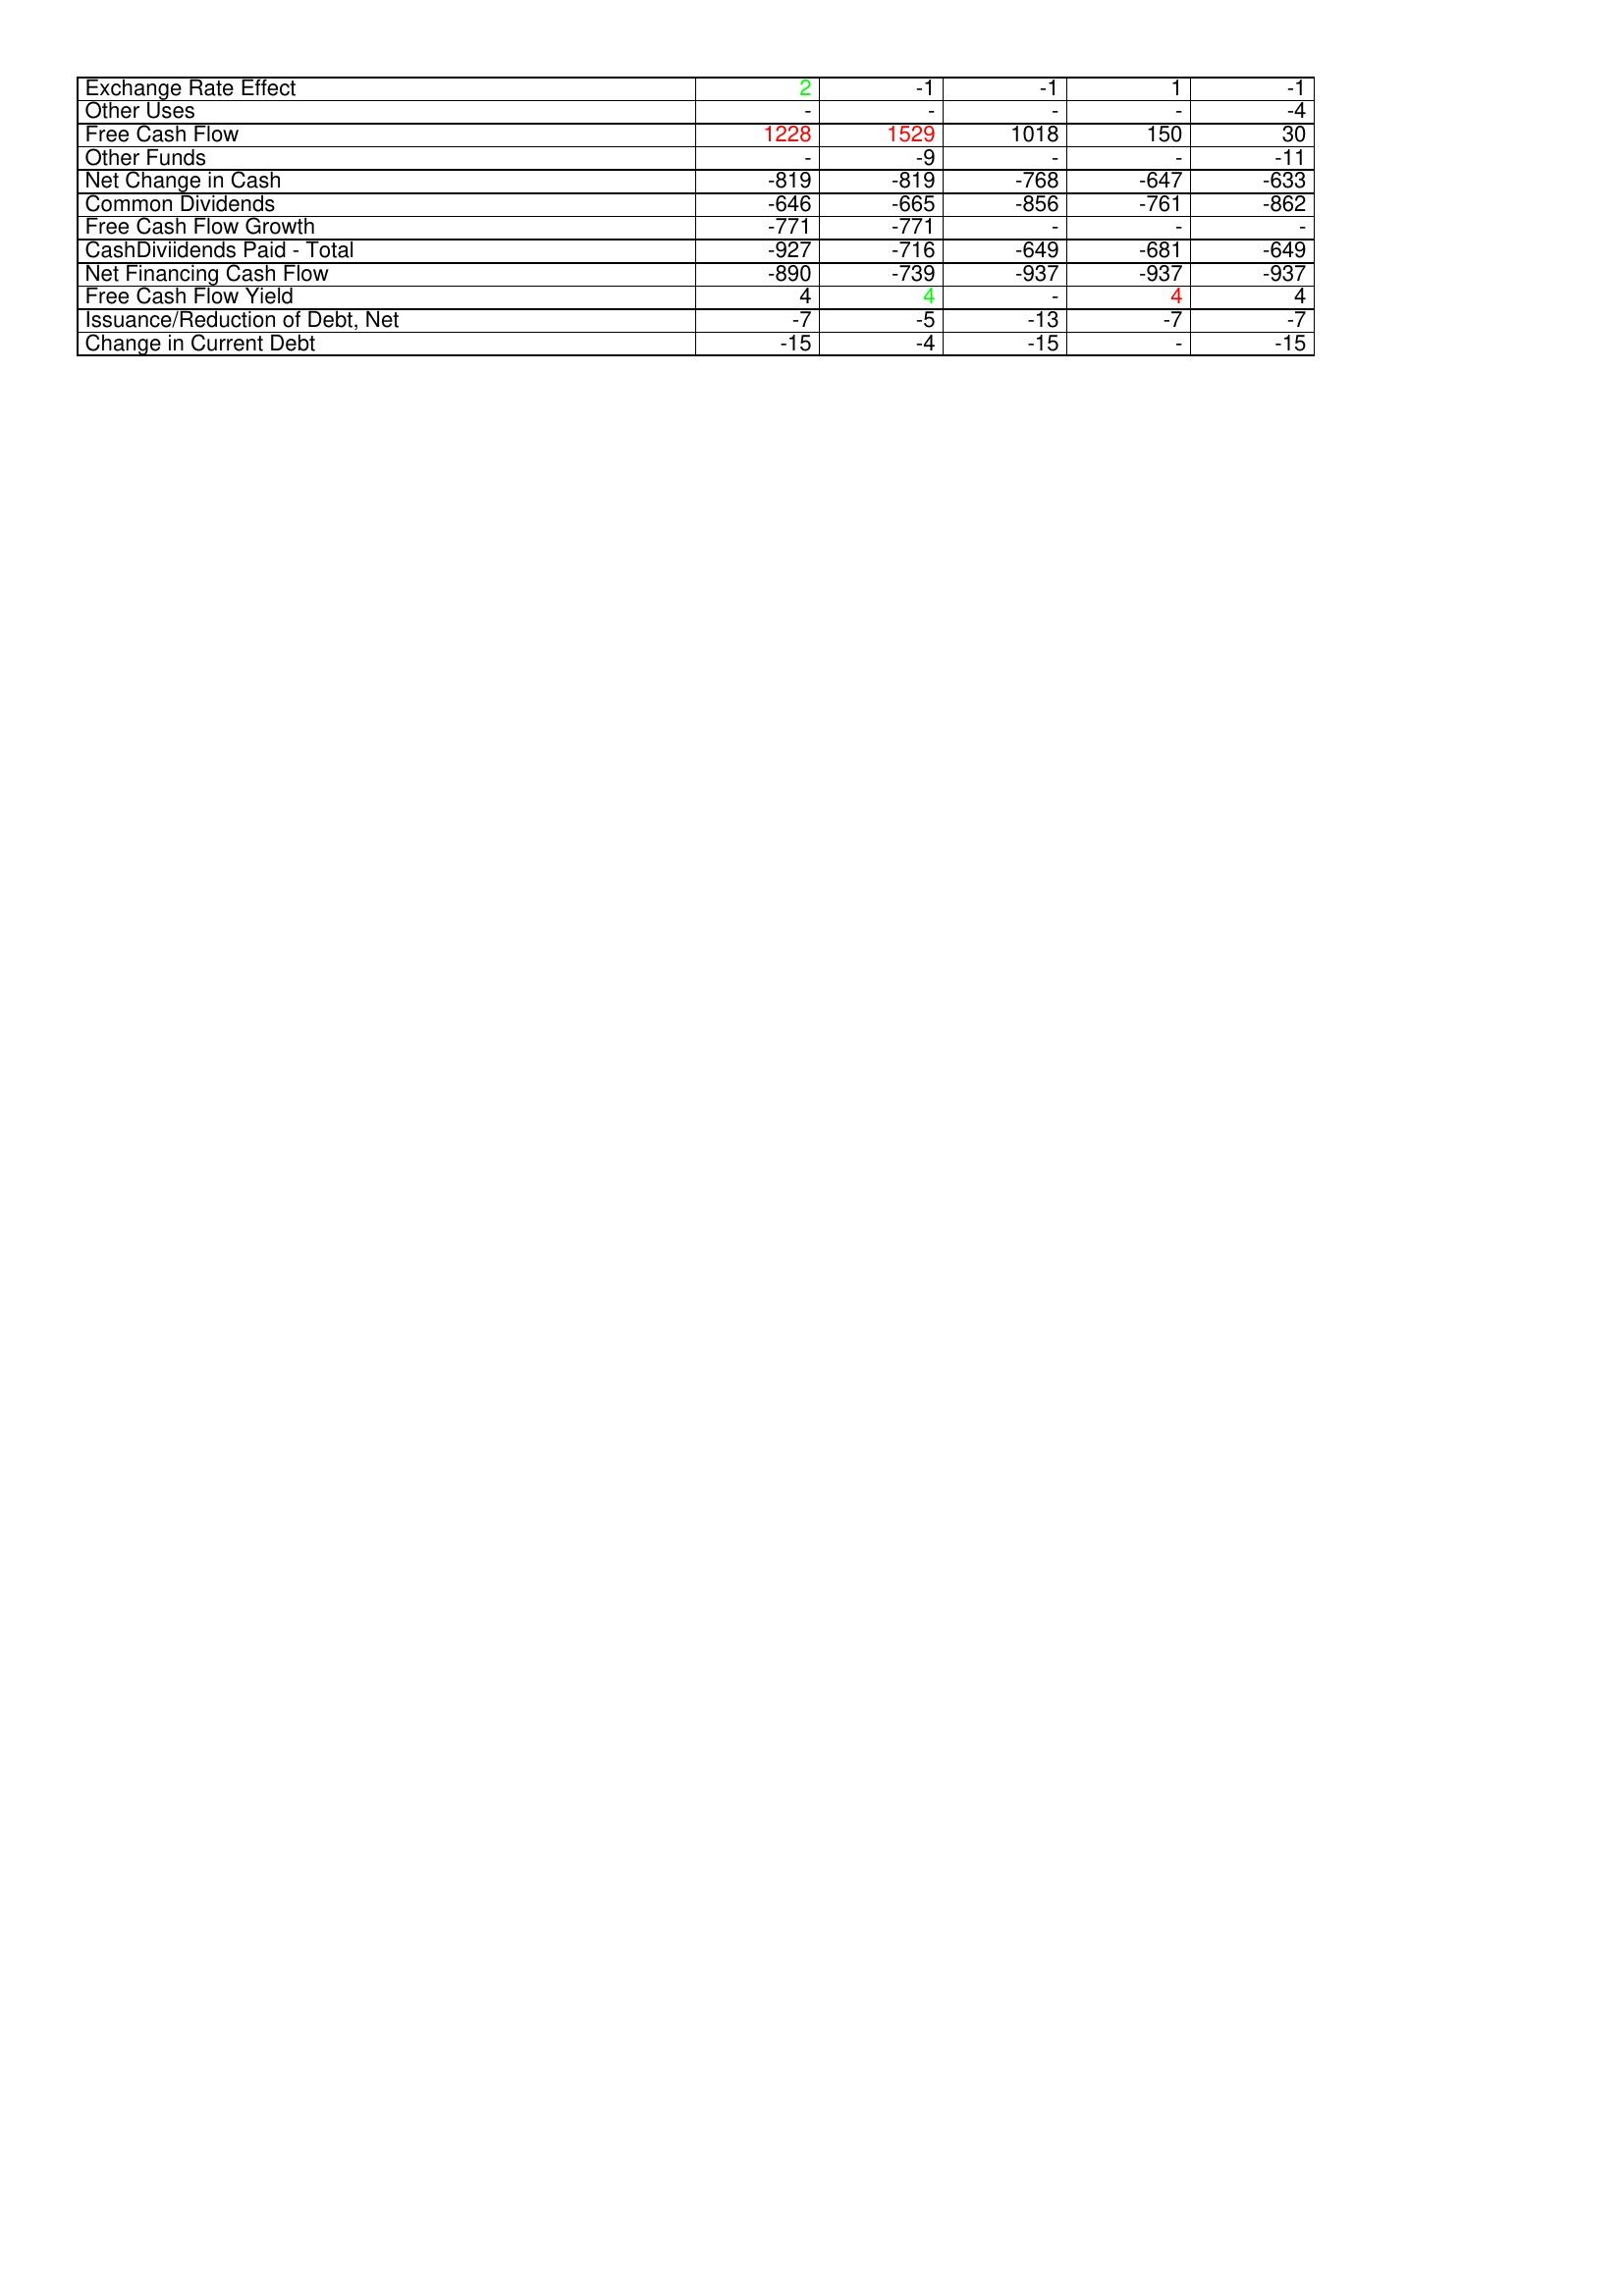
gt_parse: 2004: Financing Activities: Exchange Rate Effect: 2
Other Uses: -
Free Cash Flow: 1228
Other Funds: -
Net Change in Cash: -819
Common Dividends: -646
Free Cash Flow Growth: -771
CashDiviidends Paid - Total: -927
Net Financing Cash Flow: -890
Free Cash Flow Yield: 4
Issuance/Reduction of Debt, Net: -7
Change in Current Debt: -15
2005: Financing Activities: Exchange Rate Effect: -1
Other Uses: -
Free Cash Flow: 1529
Other Funds: -9
Net Change in Cash: -819
Common Dividends: -665
Free Cash Flow Growth: -771
CashDiviidends Paid - Total: -716
Net Financing Cash Flow: -739
Free Cash Flow Yield: 4
Issuance/Reduction of Debt, Net: -5
Change in Current Debt: -4
2006: Financing Activities: Exchange Rate Effect: -1
Other Uses: -
Free Cash Flow: 1018
Other Funds: -
Net Change in Cash: -768
Common Dividends: -856
Free Cash Flow Growth: -
CashDiviidends Paid - Total: -649
Net Financing Cash Flow: -937
Free Cash Flow Yield: -
Issuance/Reduction of Debt, Net: -13
Change in Current Debt: -15
2007: Financing Activities: Exchange Rate Effect: 1
Other Uses: -
Free Cash Flow: 150
Other Funds: -
Net Change in Cash: -647
Common Dividends: -761
Free Cash Flow Growth: -
CashDiviidends Paid - Total: -681
Net Financing Cash Flow: -937
Free Cash Flow Yield: 4
Issuance/Reduction of Debt, Net: -7
Change in Current Debt: -
2008: Financing Activities: Exchange Rate Effect: -1
Other Uses: -4
Free Cash Flow: 30
Other Funds: -11
Net Change in Cash: -633
Common Dividends: -862
Free Cash Flow Growth: -
CashDiviidends Paid - Total: -649
Net Financing Cash Flow: -937
Free Cash Flow Yield: 4
Issuance/Reduction of Debt, Net: -7
Change in Current Debt: -15